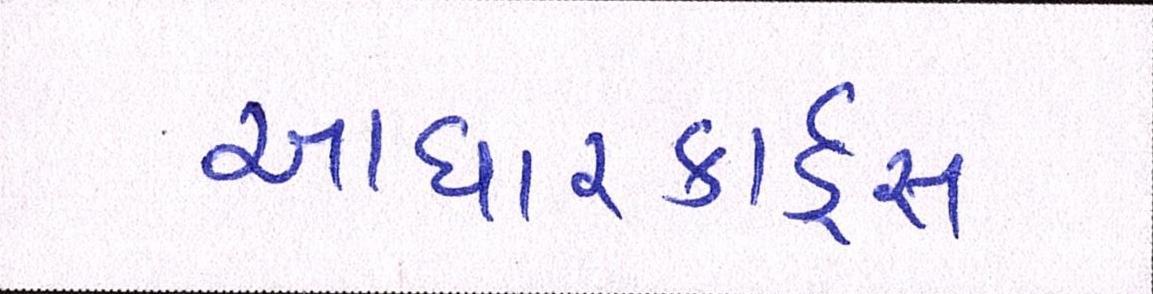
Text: આધારકાર્ડ્સ